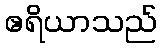
ဧရိယာသည်